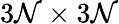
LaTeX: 3\mathcal{N}\times3\mathcal{N}